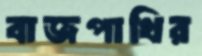
বাজপাখির